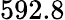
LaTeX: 592.8